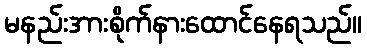
မနည်းအားစိုက်နားထောင်နေရသည်။